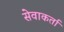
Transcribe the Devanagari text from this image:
सेवाकर्ता